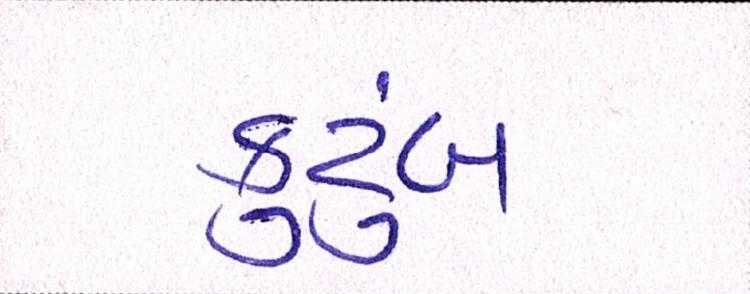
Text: કુટુંબ